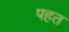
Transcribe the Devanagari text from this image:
पहत